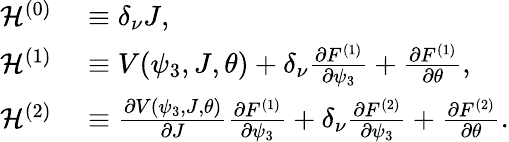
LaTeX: \begin{array}{rl}{\mathcal{H}^{\left(0\right)}}&{{}\equiv\delta_{\nu}J,}\\ {\mathcal{H}^{(1)}}&{{}\equiv V(\psi_{3},J,\theta)+\delta_{\nu}\frac{\partial F^{\left(1\right)}}{\partial\psi_{3}}+\frac{\partial F^{\left(1\right)}}{\partial\theta},}\\ {\mathcal{H}^{\left(2\right)}}&{{}\equiv\frac{\partial V(\psi_{3},J,\theta)}{\partial J}\frac{\partial F^{\left(1\right)}}{\partial\psi_{3}}+\delta_{\nu}\frac{\partial F^{\left(2\right)}}{\partial\psi_{3}}+\frac{\partial F^{\left(2\right)}}{\partial\theta}.}\end{array}